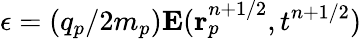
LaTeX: \mathbf{\epsilon}=(q_{p}/2m_{p})\mathbf{E}(\mathbf{r}_{p}^{n+1/2},t^{n+1/2})